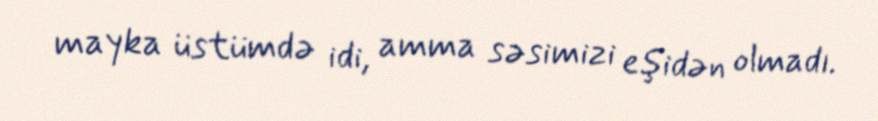
mayka üstümdə idi, amma səsimizi eşidən olmadı.